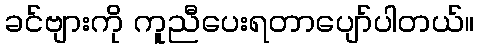
ခင်ဗျားကို ကူညီပေးရတာပျော်ပါတယ်။